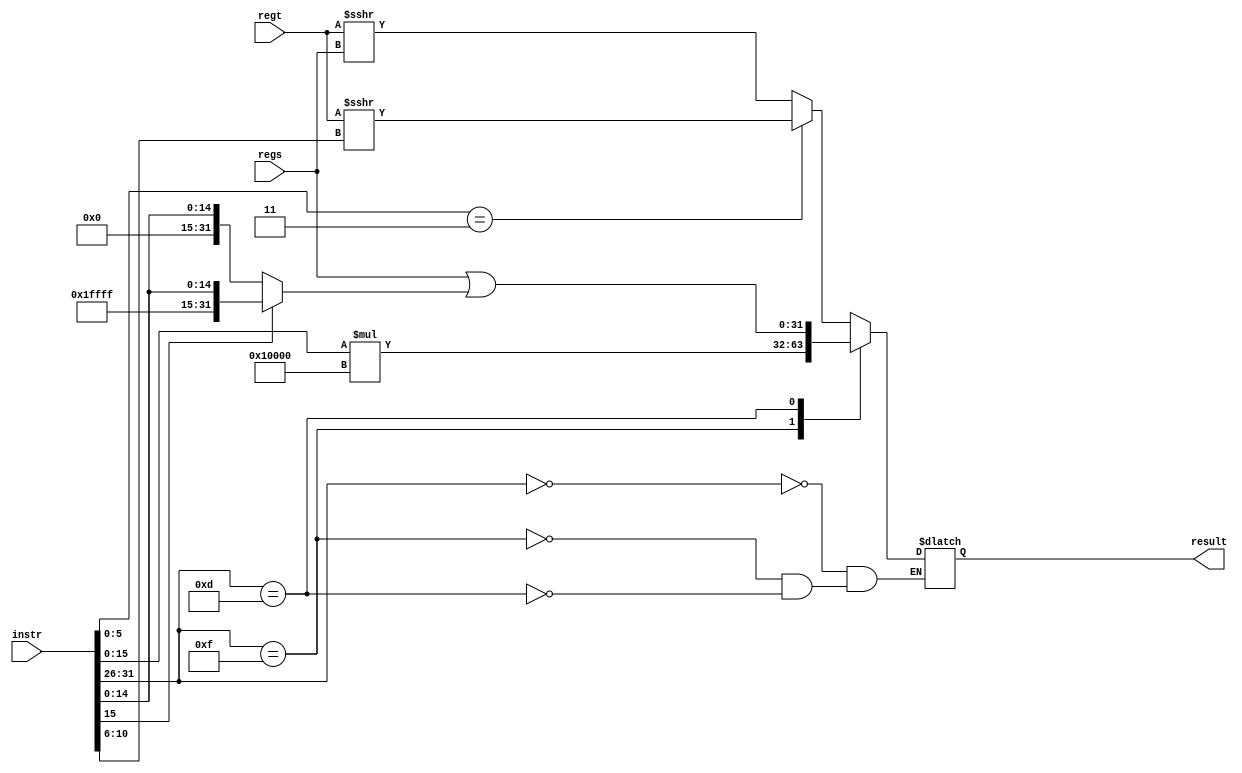
//             Alden Rivera 0416329
//             Jorge Pineda 0416330
`timescale 1ns / 1ps

module adv_instr(
		instr,
		regs,
		regt,
		result
    );
input [32-1:0] 	  instr;
input signed [32-1:0]		  regs;
input signed [32-1:0] regt;
output reg signed [32-1:0] result;

//disposable registers
reg signed [5-1:0]	 shamt;
reg [16-1:0] imm;
reg [32-1:0] ext_imm;

always@(*)
begin
shamt = instr[10:6];
imm = instr[15:0];
if(instr[15]==1'b1)
     ext_imm = {16'b1111111111111111,instr[15:0]};
    else
     ext_imm = {16'b0000000000000000,instr[15:0]};

case(instr[31:26])	//case based on OP field
	6'b000000:
	begin
		if(instr[5:0] == 6'b000011)	//SRA
			result = regt >>> shamt;
		else									//SRAV
			result = regt >>> regs;
	end
	6'b001111:								//LUI
		result = (imm*(2**16));
	6'b001101:								//ORI
		result = regs | ext_imm;
endcase
end
endmodule